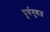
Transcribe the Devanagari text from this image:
पूर्णगुणज